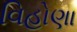
વિહોણા